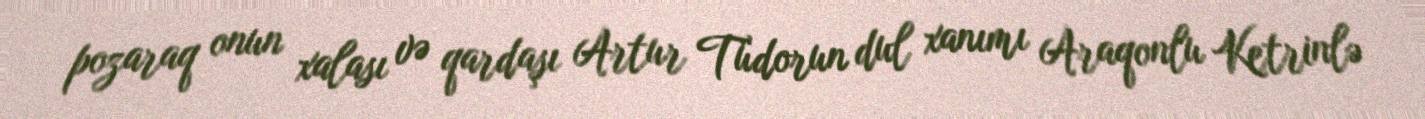
pozaraq onun xalası və qardaşı Artur Tüdorun dul xanımı Araqonlu Ketrinlə